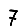
Digit: 7